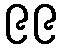
၉၉